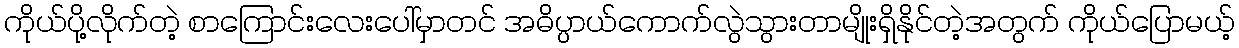
ကိုယ်ပို့လိုက်တဲ့ စာကြောင်းလေးပေါ်မှာတင် အဓိပ္ပာယ်ကောက်လွဲသွားတာမျိုးရှိနိုင်တဲ့အတွက် ကိုယ်ပြောမယ့်